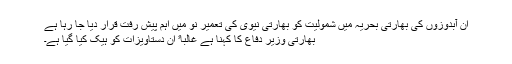
ان آبدوزوں کی بھارتی بحریہ میں شمولیت کو بھارتی نیوی کی تعمیر نو میں اہم پیش رفت قرار دیا جا رہا ہے
بھارتی وزیر دفاع کا کہنا ہے غالباﹰ ان دستاویزات کو ہیک کیا گیا ہے۔